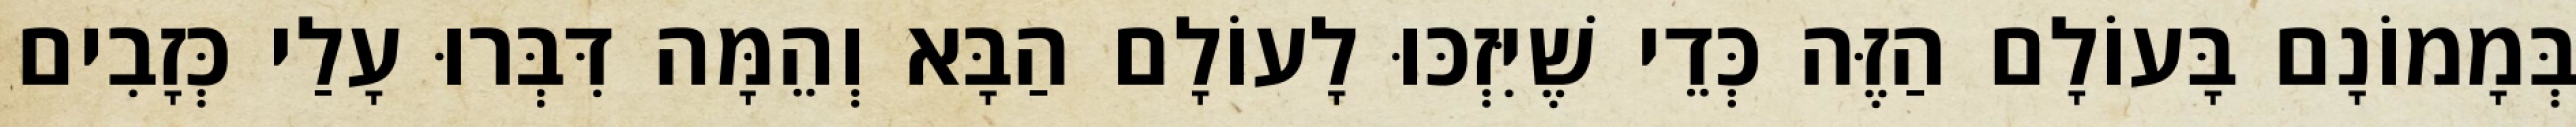
בְּמָמוֹנָם בָּעוֹלָם הַזֶּה כְּדֵי שֶׁיִּזְכּוּ לָעוֹלָם הַבָּא וְהֵמָּה דִּבְּרוּ עָלַי כְּזָבִים